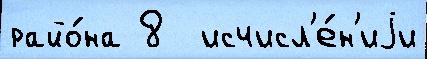
райо́на 8  исчисл'е́н'иjи